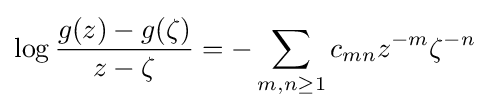
\log {g(z)-g(\zeta ) \over z-\zeta }=-\sum _{m,n\geq 1}c_{mn}z^{-m}\zeta ^{-n}